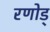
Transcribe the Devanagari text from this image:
रणोड्